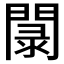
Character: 𲈭